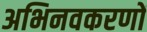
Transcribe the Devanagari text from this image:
अभिनवकरणों